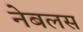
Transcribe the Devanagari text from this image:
नेबलस